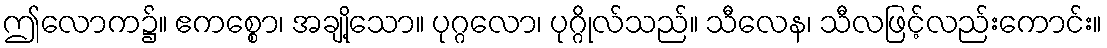
ဤလောက၌။ ဧကစ္စော၊ အချို့သော။ ပုဂ္ဂလော၊ ပုဂ္ဂိုလ်သည်။ သီလေန၊ သီလဖြင့်လည်းကောင်း။